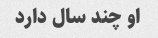
او چند سال دارد